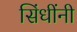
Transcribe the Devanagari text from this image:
सिंधींनी